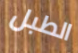
الطبل